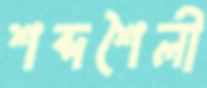
শব্দশৈলী